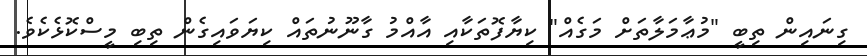
ގިނައިން ތިބީ "މުޢާމަލާތަށް މަގެއް" ކިޔާފޮތަކާއި އާއްމު ގާނޫނުތައް ކިޔަވައިގެން ތިބި މީސްކޮޅެކެވެ.